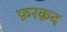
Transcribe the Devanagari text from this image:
फ़रक़द